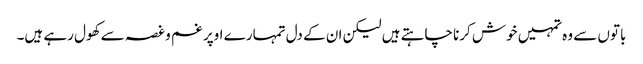
باتوں سے وہ تمہیں خوش کرنا چاہتے ہیں لیکن ان کے دل تمہارے اوپر غم و غصہ سے کھول رہے ہیں۔